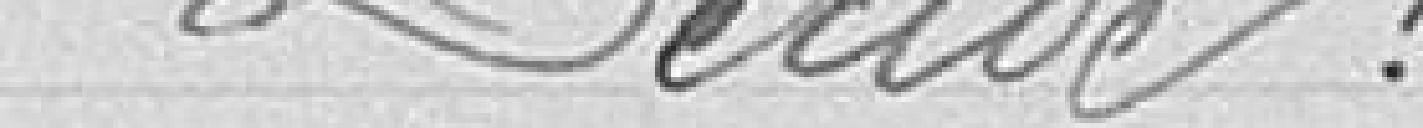
Décide